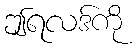
ဤရလဒ်ကို